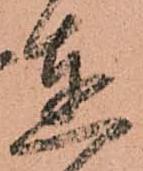
達